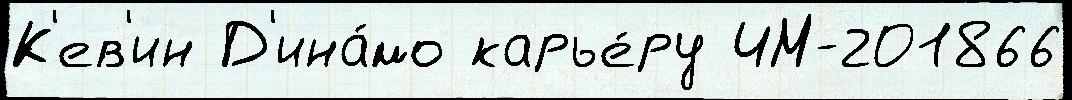
К'ев'ин Д'ина́мо карье́ру ЧМ-201866